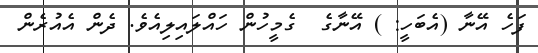
ފަހެ އޭނާ (އެބަހީ: ) އޭނާގެ  ގެމީހުން ހައްލައިލިއެވެ. ދެން އެއުރެން